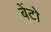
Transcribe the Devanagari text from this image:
बेंटो